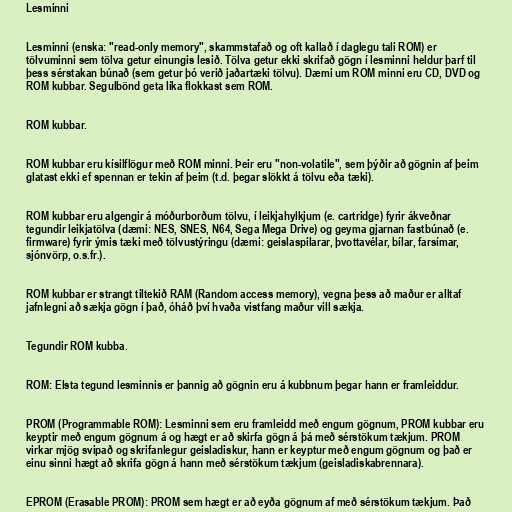
Lesminni

Lesminni (enska: "read-only memory", skammstafað og oft kallað í daglegu tali ROM) er
tölvuminni sem tölva getur einungis lesið. Tölva getur ekki skrifað gögn í lesminni heldur þarf til
þess sérstakan búnað (sem getur þó verið jaðartæki tölvu). Dæmi um ROM minni eru CD, DVD og
ROM kubbar. Segulbönd geta líka flokkast sem ROM.

ROM kubbar.

ROM kubbar eru kísilflögur með ROM minni. Þeir eru "non-volatile", sem þýðir að gögnin af þeim
glatast ekki ef spennan er tekin af þeim (t.d. þegar slökkt á tölvu eða tæki).

ROM kubbar eru algengir á móðurborðum tölvu, í leikjahylkjum (e. cartridge) fyrir ákveðnar
tegundir leikjatölva (dæmi: NES, SNES, N64, Sega Mega Drive) og geyma gjarnan fastbúnað (e.
firmware) fyrir ýmis tæki með tölvustýringu (dæmi: geislaspilarar, þvottavélar, bílar, farsímar,
sjónvörp, o.s.fr.).

ROM kubbar er strangt tiltekið RAM (Random access memory), vegna þess að maður er alltaf
jafnlegni að sækja gögn í það, óháð því hvaða vistfang maður vill sækja.

Tegundir ROM kubba.

ROM: Elsta tegund lesminnis er þannig að gögnin eru á kubbnum þegar hann er framleiddur.

PROM (Programmable ROM): Lesminni sem eru framleidd með engum gögnum, PROM kubbar eru
keyptir með engum gögnum á og hægt er að skirfa gögn á þá með sérstökum tækjum. PROM
virkar mjög svipað og skrifanlegur geisladiskur, hann er keyptur með engum gögnum og það er
einu sinni hægt að skrifa gögn á hann með sérstökum tækjum (geisladiskabrennara).

EPROM (Erasable PROM): PROM sem hægt er að eyða gögnum af með sérstökum tækjum. Það